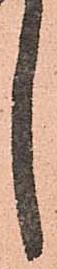
し